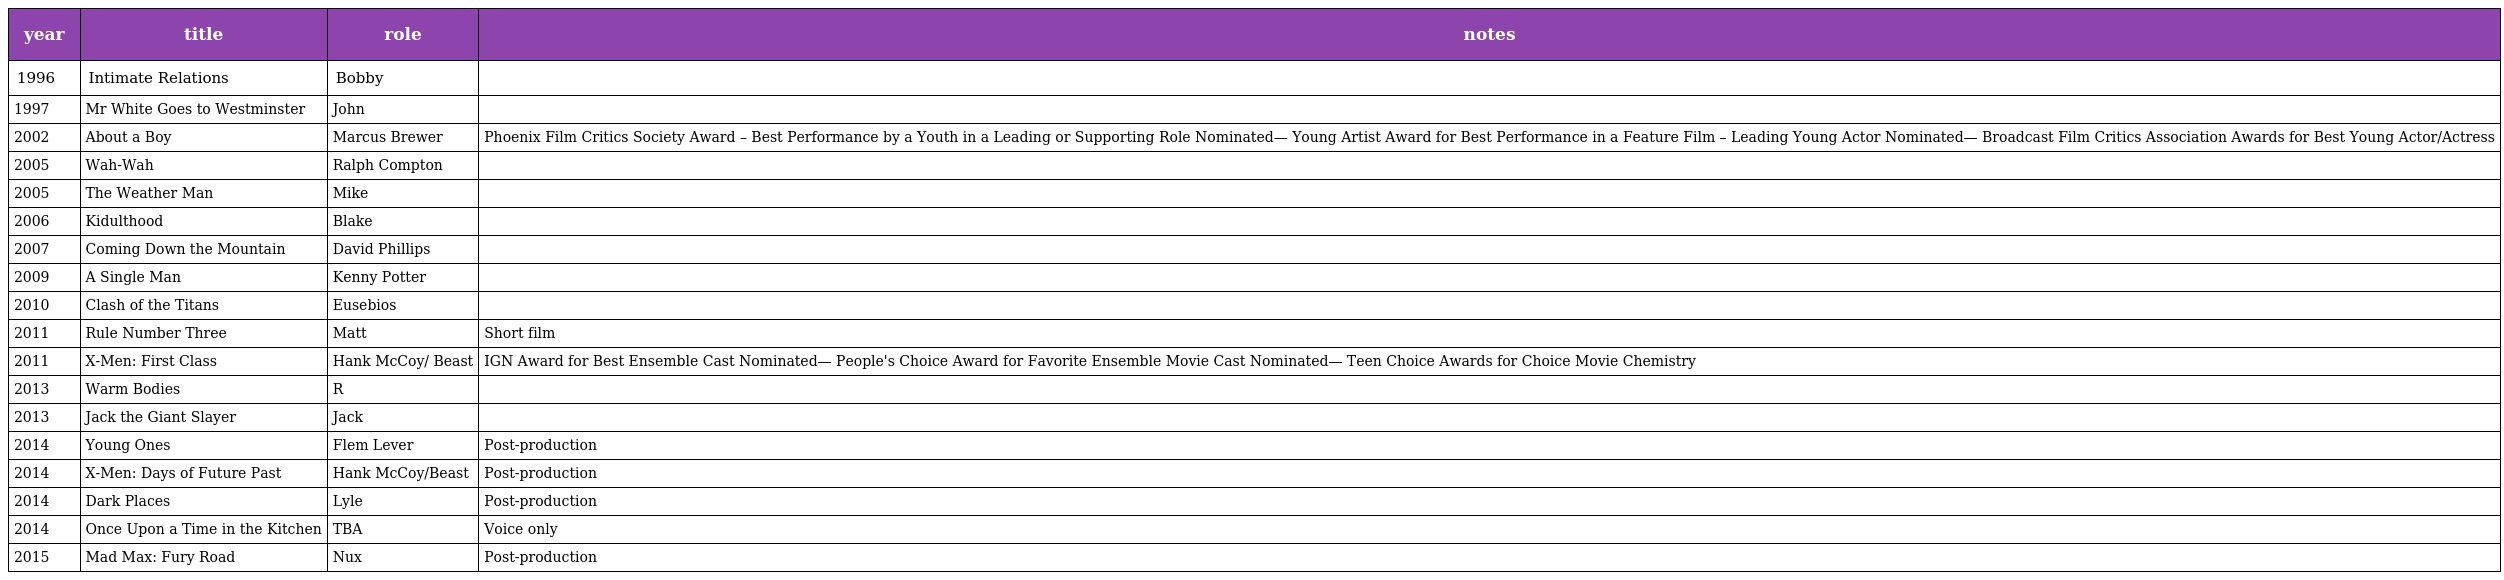
| year | title | role | notes |
 | --- | --- | --- | --- |
 | 1996 | Intimate Relations | Bobby |  |
 | 1997 | Mr White Goes to Westminster | John |  |
 | 2002 | About a Boy | Marcus Brewer | Phoenix Film Critics Society Award – Best Performance by a Youth in a Leading or Supporting Role Nominated— Young Artist Award for Best Performance in a Feature Film – Leading Young Actor Nominated— Broadcast Film Critics Association Awards for Best Young Actor/Actress |
 | 2005 | Wah-Wah | Ralph Compton |  |
 | 2005 | The Weather Man | Mike |  |
 | 2006 | Kidulthood | Blake |  |
 | 2007 | Coming Down the Mountain | David Phillips |  |
 | 2009 | A Single Man | Kenny Potter |  |
 | 2010 | Clash of the Titans | Eusebios |  |
 | 2011 | Rule Number Three | Matt | Short film |
 | 2011 | X-Men: First Class | Hank McCoy/ Beast | IGN Award for Best Ensemble Cast Nominated— People's Choice Award for Favorite Ensemble Movie Cast Nominated— Teen Choice Awards for Choice Movie Chemistry |
 | 2013 | Warm Bodies | R |  |
 | 2013 | Jack the Giant Slayer | Jack |  |
 | 2014 | Young Ones | Flem Lever | Post-production |
 | 2014 | X-Men: Days of Future Past | Hank McCoy/Beast | Post-production |
 | 2014 | Dark Places | Lyle | Post-production |
 | 2014 | Once Upon a Time in the Kitchen | TBA | Voice only |
 | 2015 | Mad Max: Fury Road | Nux | Post-production |